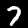
Label: 7